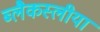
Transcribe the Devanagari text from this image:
ब्लैकस्लीया